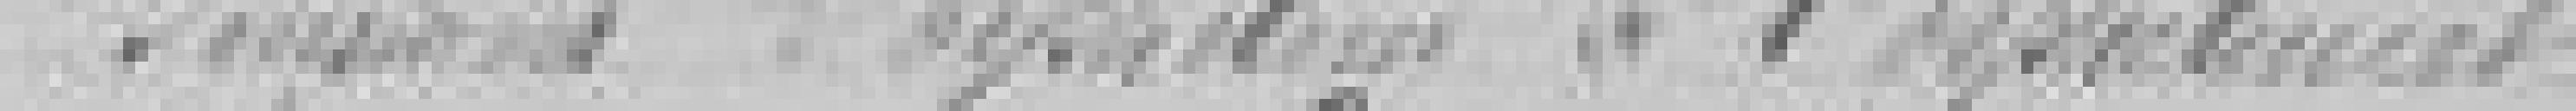
Pensions d'orphelins à l'orphelinat?